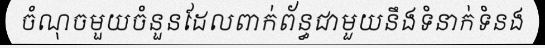
ចំណុចមួយចំនួនដែលពាក់ព័ន្ធជាមួយនឹងទំនាក់ទំនង